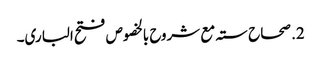
2. صحاح ستہ مع شروح بالخصوص فتح الباری۔